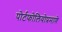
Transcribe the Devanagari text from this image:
पोर्टफोलियोप्रमाणे